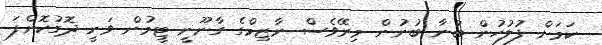
ކަމަށް ފުލުހުން ބުނާ ބުނުން މިރޭވެސް ނާޒިމްގެ ގާނޫނީ ޓީމުން ވަނީ ދޮގުކޮށްފަ